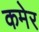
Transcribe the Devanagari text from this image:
कमेर